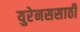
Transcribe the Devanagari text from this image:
युरेनससाठी